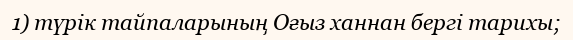
1) түрік тайпаларының Оғыз ханнан бергі тарихы;